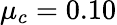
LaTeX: \mu_{c}=0.10